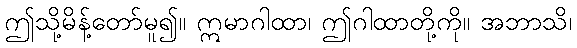
ဤသို့မိန့်တော်မူ၍။ ဣမာဂါထာ၊ ဤဂါထာတို့ကို။ အဘာသိ၊